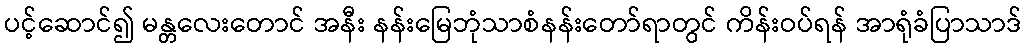
ပင့်ဆောင်၍ မန္တလေးတောင် အနီး နန်းမြေဘုံသာစံနန်းတော်ရာတွင် ကိန်းဝပ်ရန် အာရုံခံပြာသာဒ်